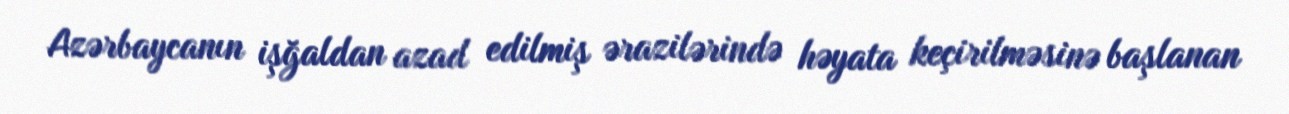
Azərbaycanın işğaldan azad edilmiş ərazilərində həyata keçirilməsinə başlanan